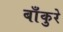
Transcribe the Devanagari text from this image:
बाँकुरे